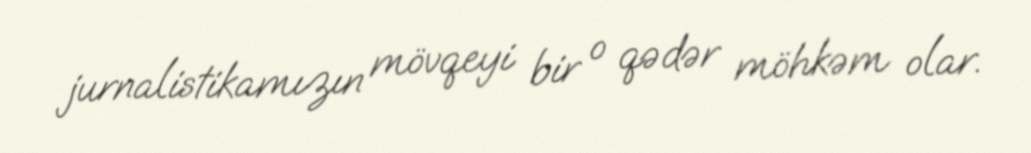
jurnalistikamızın mövqeyi bir o qədər möhkəm olar.